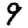
Digit: 9